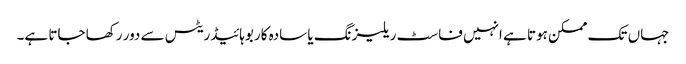
جہاں تک ممکن ہوتا ہے انہیں فاسٹ ریلیزنگ یا سادہ کاربوہائیڈریٹس سے دور رکھا جاتا ہے۔